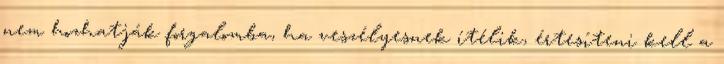
nem hozhatják forgalomba, ha veszélyesnek ítélik, értesíteni kell a